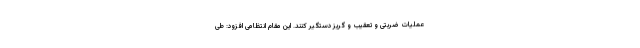
عملیات ضربتی و تعقیب و گریز دستگیر کنند. این مقام انتظامی افزود: طی